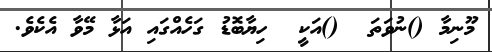
މޫނިމާ ()ނުވަތަ  ()އަކީ  ހިޔާބޮޑު ގަހެއްގައި އަޅާ މޭވާ އެކެވެ.